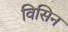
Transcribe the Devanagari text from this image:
विसिन